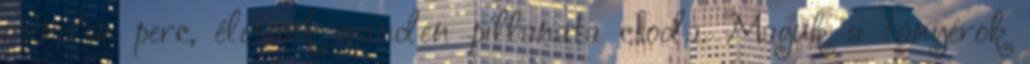
minden perc, életünk minden pillanata csoda. Maguk a tányérok